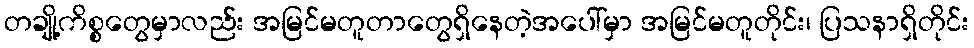
တချို့ကိစ္စတွေမှာလည်း အမြင်မတူတာတွေရှိနေတဲ့အပေါ်မှာ အမြင်မတူတိုင်း၊ ပြသနာရှိတိုင်း